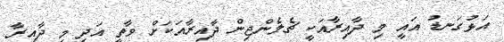
އަޅުގަނޑު އައީ މި ދާއިރާއަކީ ޗެލެންޖިން ދާއިރާއަކަށް ވާތީ އަދި މި ދާއިރާ